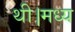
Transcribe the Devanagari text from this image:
थी।मध्य